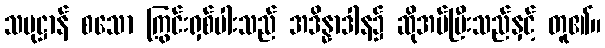
သမုဋ္ဌာန် စသော ကြွင်းရှစ်ပါးသည် အဒိန္နာဒါန၌ ဆိုအပ်ပြီးသည်နှင့် တူ၏။